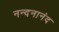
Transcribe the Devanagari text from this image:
नन्दनानंद